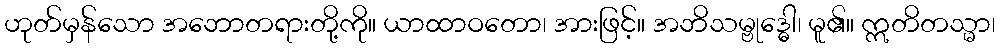
ဟုတ်မှန်သော အဘောတရားတို့ကို။ ယာထာဝတော၊ အားဖြင့်။ အဘိသမ္ဗုဒ္ဓေါ၊ မူ၏။ ဣတိတသ္မာ၊